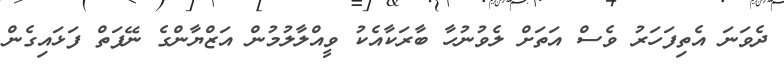
ދެވަނަ އެތިފަހަރު ވެސް އަތަށް ލެވުނުހާ ބާރަކާއެކު ވީއްލާލުމުން އަޒްޔާންގެ ނޭފަތް ފަޅައިގެން